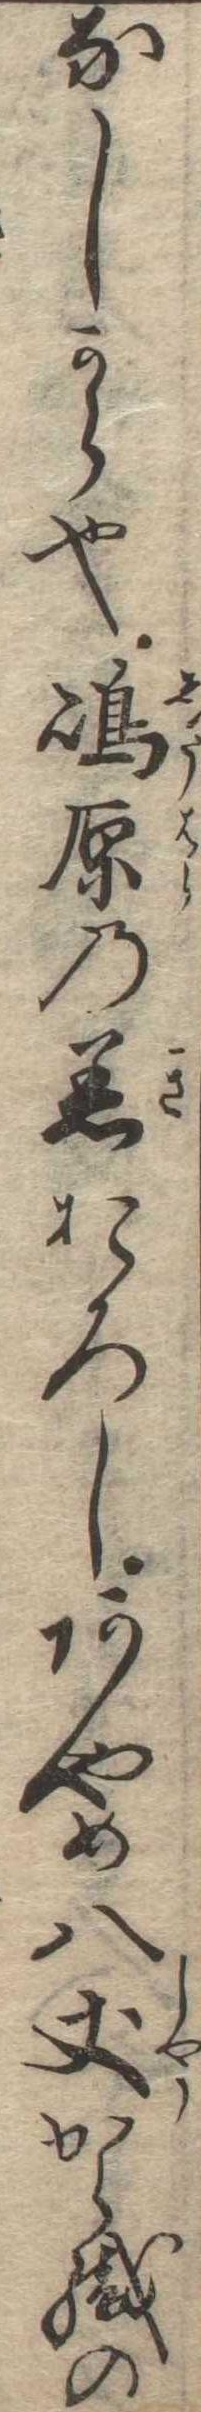
なしから也島原の着おろしあやめ八丈から織の